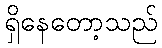
ရှိနေတော့သည်